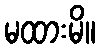
မထားမိ။